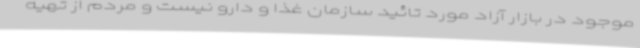
موجود در بازار آزاد مورد تائید سازمان غذا و دارو نیست و مردم از تهیه